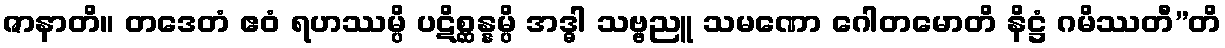
ဇာနာတိ။ တဒေတံ ဧဝံ ရဟဿမ္ပိ ပဋိစ္ဆန္နမ္ပိ အဒ္ဓါ သဗ္ဗညူ သမဏော ဂေါတမောတိ နိဋ္ဌံ ဂမိဿတီ”တိ